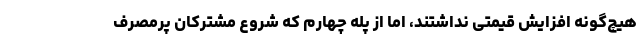
هیچ‌گونه افزایش قیمتی نداشتند، اما از پله چهارم که شروع مشترکان پرمصرف